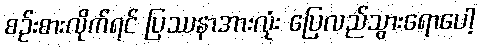
စဉ်းစားလိုက်ရင် ပြဿနာအားလုံး ပြေလည်သွားရောပေါ့